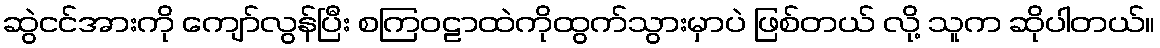
ဆွဲငင်အားကို ကျော်လွန်ပြီး စကြဝဠာထဲကိုထွက်သွားမှာပဲ ဖြစ်တယ် လို့ သူက ဆိုပါတယ်။